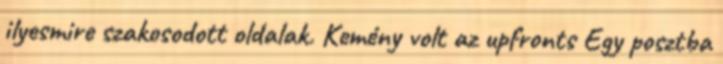
ilyesmire szakosodott oldalak. Kemény volt az upfronts Egy posztba